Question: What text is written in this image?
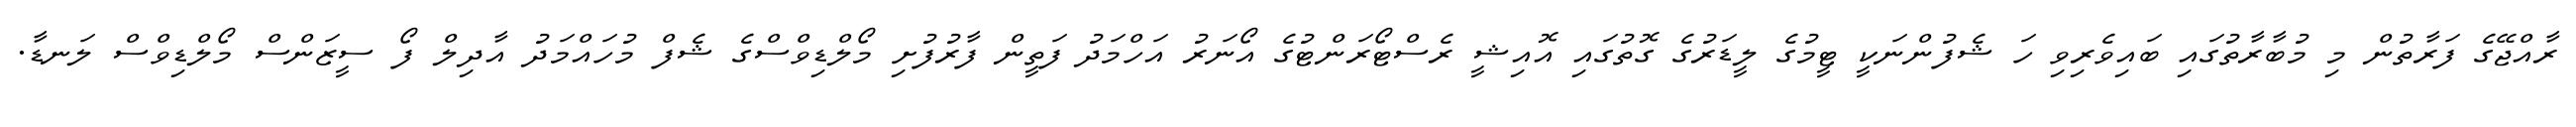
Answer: ރާއްޖޭގެ ފަރާތުން މި މުބާރާތުގައި ބައިވެރިވި ހަ ޝެފުންނަކީ ޓީމުގެ ލީޑަރުގެ ގޮތުގައި އޮއިޝީ ރެސްޓޯރަންޓުގެ އޯނަރު އަހްމަދު ފަތީން ފާރުފުށި މޯލްޑިވްސްގެ ޝެފް މުހައްމަދު އާދިލް ފޯ ސީޒަންސް މޯލްޑިވްސް ލަނޑާ.